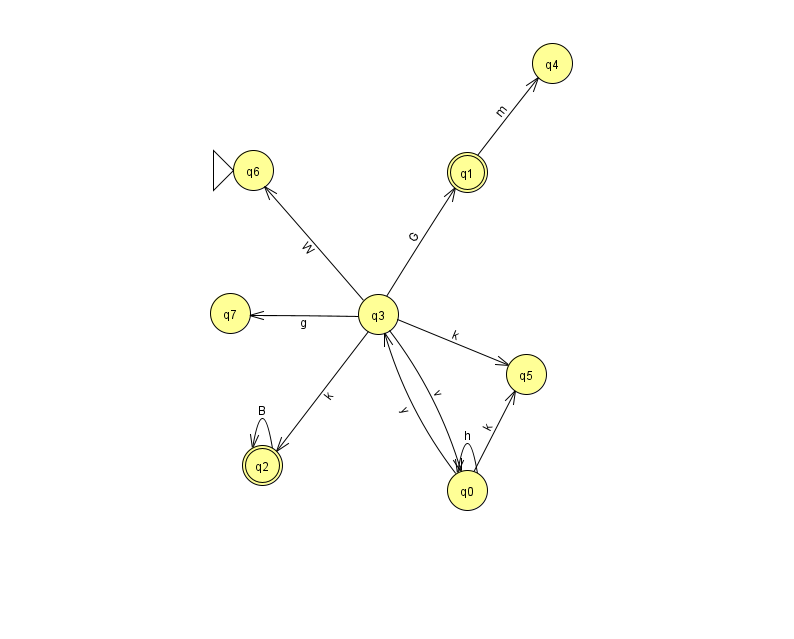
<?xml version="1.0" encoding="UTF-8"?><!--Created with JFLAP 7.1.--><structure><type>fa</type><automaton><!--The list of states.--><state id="0" name="q0"><x>467.0</x><y>477.0</y></state><state id="1" name="q1"><x>467.0</x><y>159.0</y><final/></state><state id="2" name="q2"><x>262.0</x><y>452.0</y><final/></state><state id="3" name="q3"><x>378.0</x><y>301.0</y></state><state id="4" name="q4"><x>552.0</x><y>50.0</y></state><state id="5" name="q5"><x>526.0</x><y>361.0</y></state><state id="6" name="q6"><x>253.0</x><y>157.0</y><initial/></state><state id="7" name="q7"><x>230.0</x><y>300.0</y></state><!--The list of transitions.--><transition><from>2</from><to>2</to><read>B</read></transition><transition><from>3</from><to>2</to><read>k</read></transition><transition><from>0</from><to>3</to><read>y</read></transition><transition><from>3</from><to>5</to><read>k</read></transition><transition><from>3</from><to>1</to><read>G</read></transition><transition><from>0</from><to>0</to><read>h</read></transition><transition><from>0</from><to>5</to><read>k</read></transition><transition><from>3</from><to>0</to><read>v</read></transition><transition><from>3</from><to>6</to><read>W</read></transition><transition><from>3</from><to>7</to><read>g</read></transition><transition><from>1</from><to>4</to><read>m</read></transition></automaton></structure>